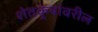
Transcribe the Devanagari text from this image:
शेतकर्‍यांवरील